Indian journal of veterinary science and animal husbandry - Volumes 15-17, 1948-1951
Year: 1948
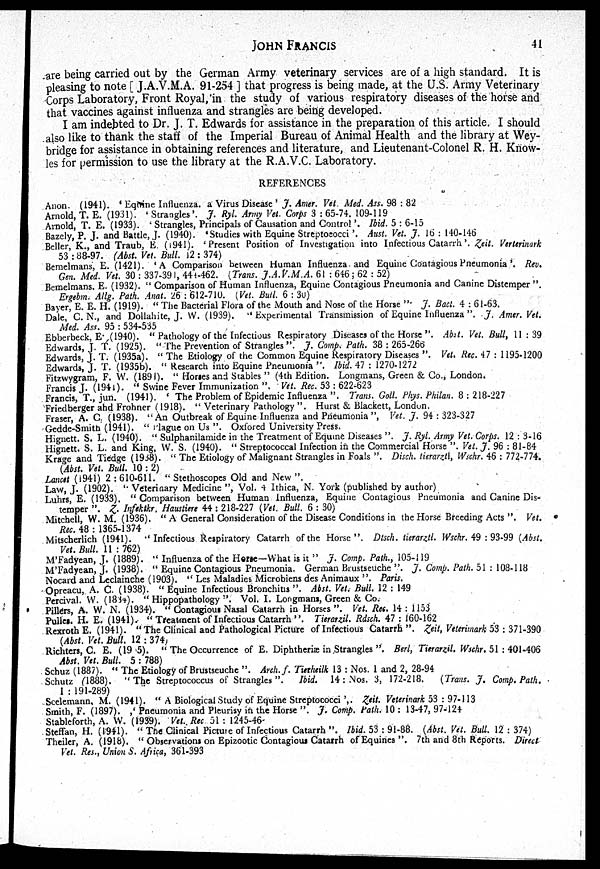
JOHN
FRANCIS
41
are being carried out by the German Army veterinary services are of a high standard. It is
pleasing to note [ J.A.V.M.A. 91-254 ] that progress is being made, at the U.S. Army Veterinary
Corps Laboratory, Front Royal, in the study of various respiratory diseases of the horse and
that vaccines against influenza and strangles are being developed.
I am indebted to Dr. J. T. Edwards for assistance in the preparation of this article. I should
also like to thank the staff of the Imperial Bureau of Animal Health and the library at Wey-
bridge for assistance in obtaining references and literature, and Lieutenant-Colonel R. H. Know-
les for permission to use the library at the R.A.V.C. Laboratory.
REFERENCES
Anon. (1941). ' Equine Influenza, a Virus Disease ' J. Amer. Vet. Med. Ass. 98 : 82
Arnold, T. E. (1931). ' Strangles'. J. Ryl. Army Vet. Corps 3 : 65-74. 109-119
Arnold, T. E. (1933). ' Strangles, Principals of Causation and Control '. Ibid. 5 : 6-15
Bazely, P. J. and Battle, J. (1940). 'Studies with Equine Streptococci '. Aust. Vet. J. 16 : 140-146
Beller, K., and Traub, E. (1941). ' Present Position of Investigation into Infectious Catarrh'. Zeit. Verterinark
53 : 88-97. (Abst. Vet. Bull. 12 : 374)
Bemelmans, E. (1421). 'A Comparison between Human Influenza and Equine Contagious Pneumonia'. Rev.
Gen. Med. Vet. 30 : 337-391, 444-462. (Trans. J.A.V.M.A. 61 : 646 ; 62 : 52)
Bemelmans. E. (1932). " Comparison of Human Influenza, Equine Contagious Pneumonia and Canine Distemper ".
Ergebm. Allg. Path. Anat. 26 : 612-710. (Vet. Bull. 6 : 30)
Bayer, E. E. H. (1919). " The Bacterial Flora of the Mouth and Nose of the Horse " J. Bact. 4 : 61-63.
Dale, C. N., and Dollahite, J. W. (1939). " Experimental Transmission of Equine Influenza ". J. Amer. Vet.
Med. Ass. 95 : 534-535
Ebberbeck, E. (1940). " Pathology of the Infectious Respiratory Diseases of the Horse ". Abst. Vet. Bull, 11 : 39
Edwards, J. T. (1925). " The Prevention of Strangles ". J. Comp. Path. 38 : 265-266
Edwards, J. T. (1935a). " The Etiology of the Common Equine Respiratory Diseases ". Vet. Rec. 47 : 1195-1200
Edwards, J. T. (1935b). " Research into Equine Pneumonia ". Ibid. 47 : 1270-1272
Fitzwygram, F. W. (1891). " Horses and Stables " (4th Edition. Longmans, Green & Co., London.
Francis J. (1941). " Swine Fever Immunization ". Vet. Rec. 53 : 622-623
Francis, T., jun. (1941). ' The Problem of Epidemic Influenza ". Trans. Goll. Phys. Philan. 8 : 218-227
Friedberger ahd Frohner (1918). " Veterinary Pathology ". Hurst & Blackett, London.
Fraser, A. C. (1938). "An Outbreak of Equine Influenza and Pneumonia ", Vet. J. 94 : 323-327
Gedde-Smith (1941). " Plague on Us ". Oxfored University Press.
Hignett. S. L. (1940). " Sulphanilamide in the Treatment of Equine Diseases ". J. Ryl. Army Vet. Corps. 12 : 3-16
Hignett. S. L. and King, W. S. (1940). " Streptococcal Infection in the Commercial Horse " Vet. J. 96 : 81-84
Krage and Tiedge (1938). " The Etiology of Malignant Strangles in Foals ". Disch. tierarztl, Wschr. 46 : 772-774.
(Abst. Vet. Bull. 10 : 2)
Lancet (1941) 2 : 610-611. " Stethoscopes Old and New ".
Law, J. (1902). " Veterinary Medicine ", Vol. 4 Ithica, N. York (published by author)
Luhrs, E. (1933). " Comparison between Human Influenza, Equine Contagious Pneumonia and Canine Dis-
temper ". Z. Infektkr. Haustiere 44 : 218-227 (Vet. Bull. 6 : 30)
Mitchell, W. M. (1936). " A General Consideration of the Disease Conditions in the Horse Breeding Acts ". Vet.
Rec. 48 : 1365-1374
Mitscherlich (1941). " Infectious Respiratory Catarrh of the Horse ". Dtsch. tierarztl. Wschr. 49 : 93-99 (Abst.
Vet. Bull. 11 : 762)
M'Fadyean, J. (1889). " Influenza of the Horse—What is it " J. Comp. Path., 105-119
M'Fadyean, J. (1938). " Equine Contagious Pneumonia. German Brustseuche ". J. Comp. Path. 51 : 108-118
Nocard and Leclainche (1903). " Les Maladies Microbiens des Animaux ". Paris.
Oprcacu, A. C. (1938). " Equine Infectious Bronchitis ". Abst. Vet. Bull. 12 : 149
Percival. W. (1834). " Hippopathology ". Vol. I. Longmans, Green & Co.
Pillers, A. W. N. (1934). " Contagious Nasal Catarrh in Horses ". Vet. Rec. 14 : 1153
Pulles. H. E. (1941). " Treatment of Infectious Catarrh ". Tierarzil. Rdsch. 47 : 160-162
Rexroth E. (1941). " The Clinical and Pathological Picture of Infectious Catarrh ", Zeit, Veterimark 53 : 371-390
(Abst. Vet. Bull. 12 : 374)
Richters, C. E. (1935). " The Occurrence of E. Diphtheriæ in Strangles ". Berl, Tierarzil. Wschr. 51 : 401-406
Abst. Vet. Bull. 5 : 788)
Schuz (1887). " The Etiology of Brustseuche ". Arch. f. Tierheilk 13 : Nos. 1 and 2, 28-94
Schutz (1888). " The Streptococcus of Strangles ".
Ibid. 14 : Nos. 3, 172-218.
(Trans. J. Comp. Path.
1 : 191-289)
Scelemann. M. (1941). " A Biological Study of Equine Streptococci ',. Zeit. Veterinark 53 : 97-113
Smith, F. (1897). ,' Pneumonia and Pleurisy in the Horse ". J. Comp. Path. 10 : 13-47, 97-124
Stableforth, A. W. (1939). Vet. Rec 51 : 1245-46.
Steffan, H. (1941). " The Clinical Picture of Infectious Catarrh ". Ibid. 53 : 91-88. (Abst. Vet. Bull. 12 : 374)
Theiler, A. (1918). " Observations on Epizootic Contagious Catarrh of Equines ". 7th and 8th Reports. Direct
Vet. Res., Union S. Africa, 361-393